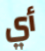
أي